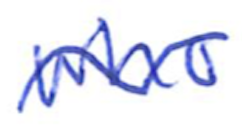
Text: who
Cross-out: wave
Writing tool: ballpoint